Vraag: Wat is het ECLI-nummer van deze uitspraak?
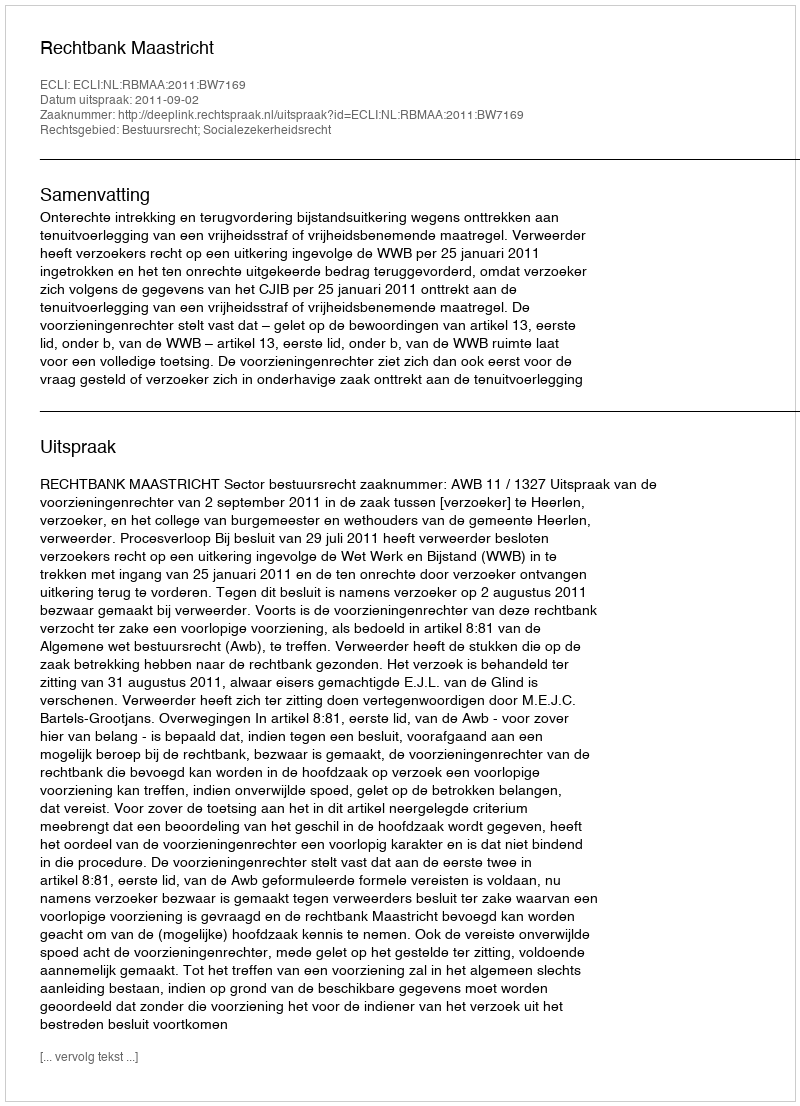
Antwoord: ECLI:NL:RBMAA:2011:BW7169